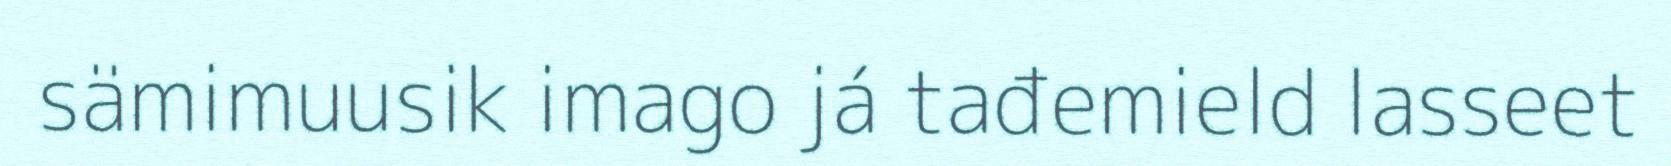
sämimuusik imago já tađemield lasseet